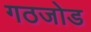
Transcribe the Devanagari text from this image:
गठजोड